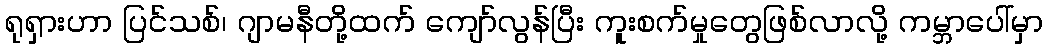
ရုရှားဟာ ပြင်သစ်၊ ဂျာမနီတို့ထက် ကျော်လွန်ပြီး ကူးစက်မှုတွေဖြစ်လာလို့ ကမ္ဘာပေါ်မှာ